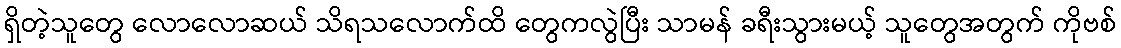
ရှိတဲ့သူတွေ လောလောဆယ် သိရသလောက်ထိ တွေကလွဲပြီး သာမန် ခရီးသွားမယ့် သူတွေအတွက် ကိုဗစ်